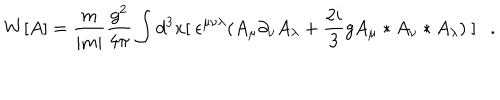
W [ A ] = \frac { m } { | m | } \frac { g ^ { 2 } } { 4 \pi } \int d ^ { 3 } x [ ~ \epsilon ^ { \mu \nu \lambda } ( A _ { \mu } \partial _ { \nu } A _ { \lambda } + \frac { 2 i } { 3 } g A _ { \mu } * A _ { \nu } * A _ { \lambda } ) ~ ] . \,